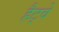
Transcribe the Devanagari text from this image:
हैट्वे